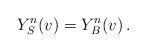
LaTeX: \begin{align*}Y^n_S(v) = Y^n_B(v) \, . \end{align*}